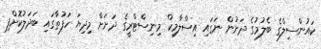
ކައުންސިލްގެ ބެލުމުގެ ދަށުން ނަގައި އިސްލާމިކް މިނިސްޓްރީގެ ދަށަށް މިދިޔަ ހަފުތާގައި ބަދަލުކޮށްފި